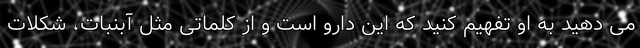
می دهید به او تفهیم کنید که این دارو است و از کلماتی مثل آبنبات، شکلات